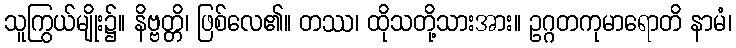
သူကြွယ်မျိုး၌။ နိဗ္ဗတ္တိ၊ ဖြစ်လေ၏။ တဿ၊ ထိုသတို့သားအား။ ဥဂ္ဂတကုမာရောတိ နာမံ၊